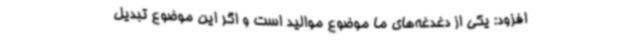
افزود: یکی از دغدغه‌های ما موضوع موالید است و اگر این موضوع تبدیل